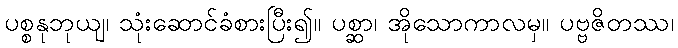
ပစ္စနုဘုယျ၊ သုံးဆောင်ခံစားပြီး၍။ ပစ္ဆာ၊ အိုသောကာလမှ။ ပဗ္ဗဇိတဿ၊